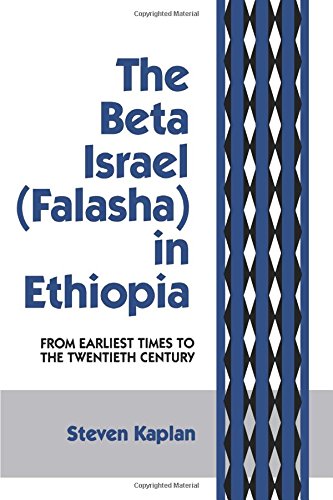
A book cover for The Beta Israel: Falasha in Ethiopia:  From Earliest Times to the Twentieth Century; Steven B. Kaplan; History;